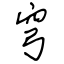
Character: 穹